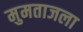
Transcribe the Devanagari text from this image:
मुमताजला